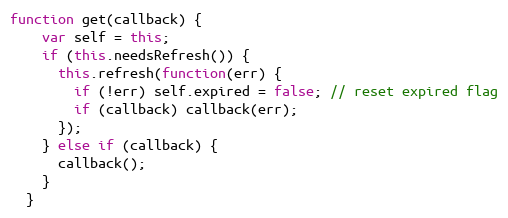
Language: JavaScript
function get(callback) {
    var self = this;
    if (this.needsRefresh()) {
      this.refresh(function(err) {
        if (!err) self.expired = false; // reset expired flag
        if (callback) callback(err);
      });
    } else if (callback) {
      callback();
    }
  }